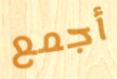
أجمع